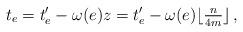
LaTeX: \begin{align*}t_e=t'_e-\omega(e)z=t'_e-\omega(e)\lfloor\tfrac{n}{4m}\rfloor\,,\end{align*}